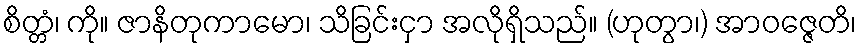
စိတ္တံ၊ ကို။ ဇာနိတုကာမော၊ သိခြင်းငှာ အလိုရှိသည်။ (ဟုတွာ၊) အာဝဇ္ဇေတိ၊